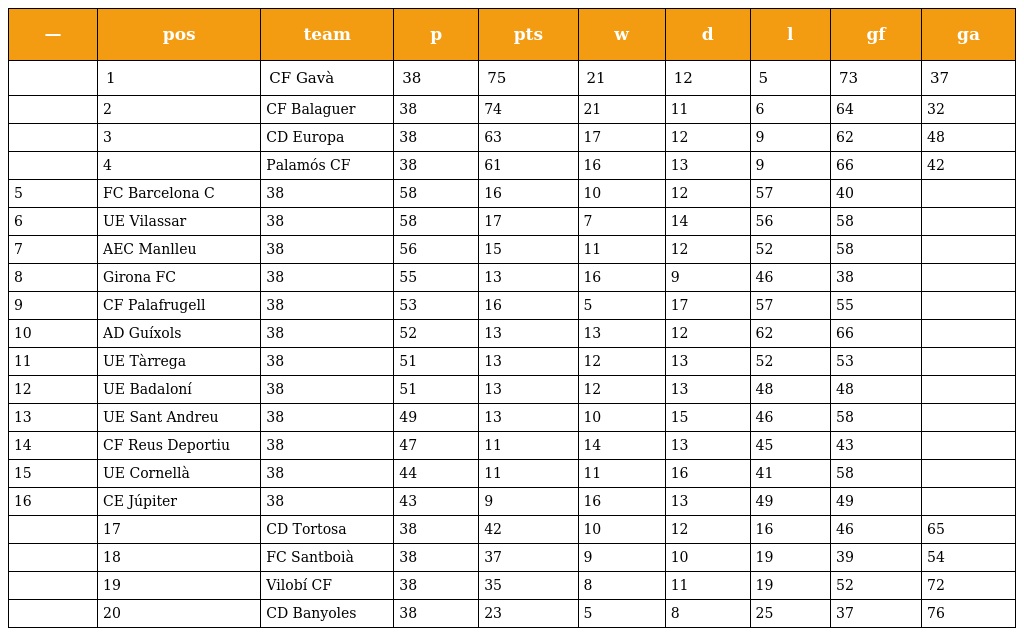
| — | pos | team | p | pts | w | d | l | gf | ga |
 | --- | --- | --- | --- | --- | --- | --- | --- | --- | --- |
 |  | 1 | CF Gavà | 38 | 75 | 21 | 12 | 5 | 73 | 37 |
 |  | 2 | CF Balaguer | 38 | 74 | 21 | 11 | 6 | 64 | 32 |
 |  | 3 | CD Europa | 38 | 63 | 17 | 12 | 9 | 62 | 48 |
 |  | 4 | Palamós CF | 38 | 61 | 16 | 13 | 9 | 66 | 42 |
 | 5 | FC Barcelona C | 38 | 58 | 16 | 10 | 12 | 57 | 40 |  |
 | 6 | UE Vilassar | 38 | 58 | 17 | 7 | 14 | 56 | 58 |  |
 | 7 | AEC Manlleu | 38 | 56 | 15 | 11 | 12 | 52 | 58 |  |
 | 8 | Girona FC | 38 | 55 | 13 | 16 | 9 | 46 | 38 |  |
 | 9 | CF Palafrugell | 38 | 53 | 16 | 5 | 17 | 57 | 55 |  |
 | 10 | AD Guíxols | 38 | 52 | 13 | 13 | 12 | 62 | 66 |  |
 | 11 | UE Tàrrega | 38 | 51 | 13 | 12 | 13 | 52 | 53 |  |
 | 12 | UE Badaloní | 38 | 51 | 13 | 12 | 13 | 48 | 48 |  |
 | 13 | UE Sant Andreu | 38 | 49 | 13 | 10 | 15 | 46 | 58 |  |
 | 14 | CF Reus Deportiu | 38 | 47 | 11 | 14 | 13 | 45 | 43 |  |
 | 15 | UE Cornellà | 38 | 44 | 11 | 11 | 16 | 41 | 58 |  |
 | 16 | CE Júpiter | 38 | 43 | 9 | 16 | 13 | 49 | 49 |  |
 |  | 17 | CD Tortosa | 38 | 42 | 10 | 12 | 16 | 46 | 65 |
 |  | 18 | FC Santboià | 38 | 37 | 9 | 10 | 19 | 39 | 54 |
 |  | 19 | Vilobí CF | 38 | 35 | 8 | 11 | 19 | 52 | 72 |
 |  | 20 | CD Banyoles | 38 | 23 | 5 | 8 | 25 | 37 | 76 |